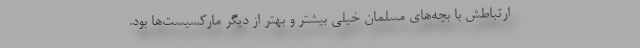
ارتباطش با بچه‌های مسلمان خیلی بیشتر و بهتر از دیگر ماركسیست‌ها بود.